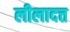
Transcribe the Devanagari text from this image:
लीलादत्त